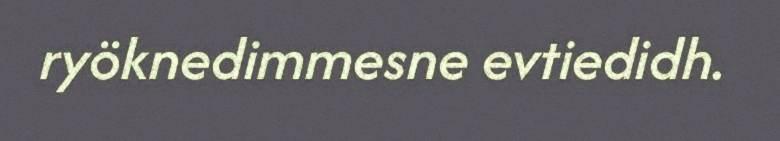
ryöknedimmesne evtiedidh.